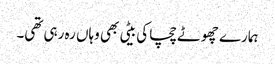
ہمارے چھوٹے چچا کی بیٹی بھی وہاں رہ رہی تھی۔